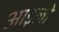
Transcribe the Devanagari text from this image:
आइलो